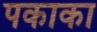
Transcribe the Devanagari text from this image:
पकाका